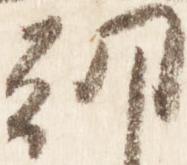
朝